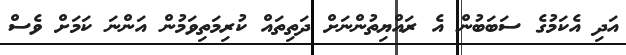
އަދި އެކަމުގެ ސަބަބުން އެ ރައްޔިތުންނަށް ދަތިތައް ކުރިމަތިވަމުން އަންނަ ކަމަށް ވެސް